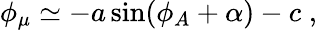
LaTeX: \phi_{\mu}\simeq-a\sin(\phi_{A}+\alpha)-c\; ,